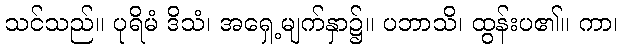
သင်သည်။ ပုရိမံ ဒိသံ၊ အရှေ့မျက်နှာ၌။ ပဘာသိ၊ ထွန်းပ၏။ ကာ၊